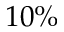
1 0 \%